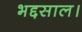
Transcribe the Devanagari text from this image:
भद्दसाल।